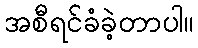
အစီရင်ခံခဲ့တာပါ။